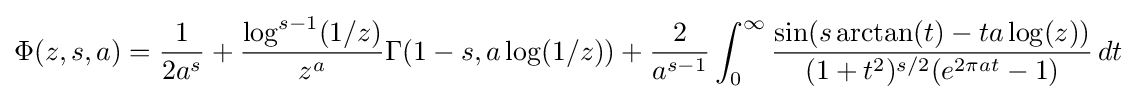
\Phi (z,s,a)={\frac {1}{2a^{s}}}+{\frac {\log ^{s-1}(1/z)}{z^{a}}}\Gamma (1-s,a\log(1/z))+{\frac {2}{a^{s-1}}}\int _{0}^{\infty }{\frac {\sin(s\arctan(t)-ta\log(z))}{(1+t^{2})^{s/2}(e^{2\pi at}-1)}}\,dt